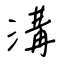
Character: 溝